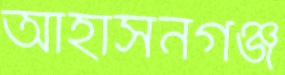
আহাসনগঞ্জ